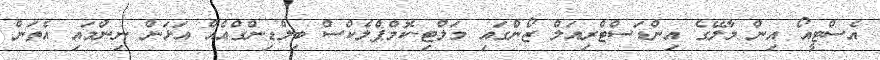
އެސްޓީއޯ އިން މާލޭގެ އިންޑަސްޓްރިއަލް ޒޯންގައި މަލްޓި-ކޮމްޕްލެކްސް ބިލްޑިންގްއެއް އަޅަން ނިންމައި އެތަން